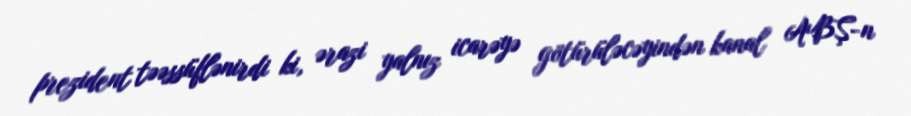
prezident təəssüflənirdi ki, ərazi yalnız icarəyə götürüləcəyindən kanal ABŞ-n